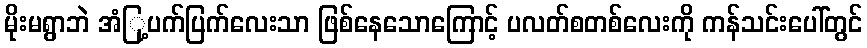
မိုးမရွာဘဲ အံြု့ပက်ပြက်လေးသာ ဖြစ်နေသောကြောင့် ပလတ်စတစ်လေးကို ကန်သင်းပေါ်တွင်